Scottish Leaving Certificate Examination, 1953
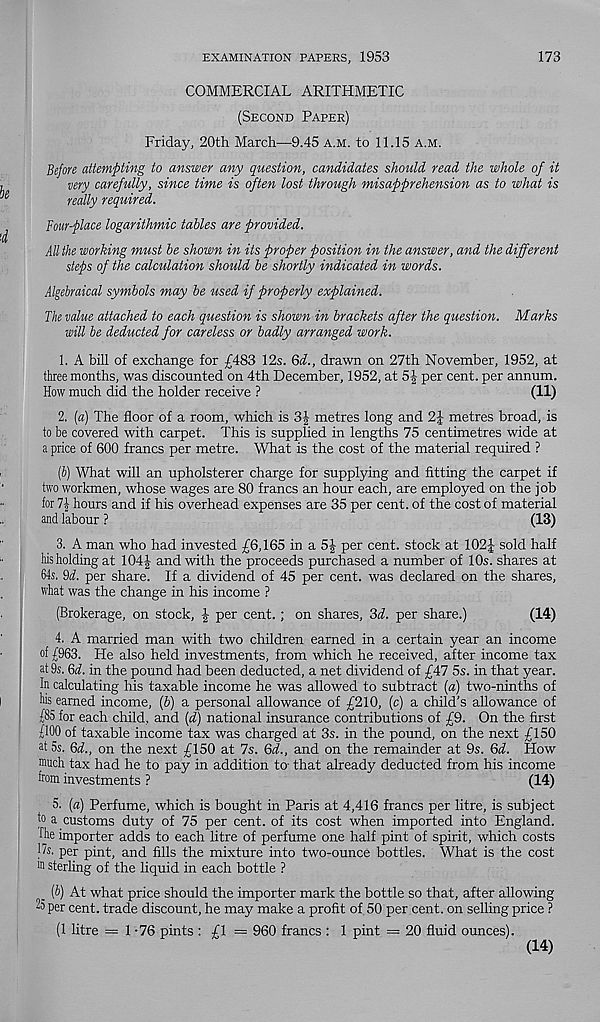
EXAMINATION PAPERS, 1953
173
COMMERCIAL ARITHMETIC
(Second Paper)
Friday, 20th March—9.45 a.m. to 11.15 a.m.
Before attempting to answer any question, candidates should read the whole of it
very carefully, since time is often lost through misapprehension as to what is
really required.
Four-place logarithmic tables are provided.
All the working must be shown in its proper position in the answer, and the different
steps of the calculation should be shortly indicated in words.
Algebraical symbols may be used if properly explained.
The value attached to each question is shown in brackets after the question. Marks
will be deducted for careless or badly arranged work.
1. A bill of exchange for £483 12s. Qd., drawn on 27th November, 1952, at
three months, was discounted on 4th December, 1952, at 5| per cent, per annum.
How much did the holder receive ?
(11)
2. (a) The floor of a room, which is 3| metres long and 2| metres broad, is
to be covered with carpet. This is supplied in lengths 75 centimetres wide at
a price of 600 francs per metre. What is the cost of the material required ?
If) What will an upholsterer charge for supplying and fitting the carpet if
two workmen, whose wages are 80 francs an hour each, are employed on the job
for 1\ hours and if his overhead expenses are 35 per cent, of the cost of material
and labour ?
(13)
3. A man who had invested £6,165 in a 5f per cent, stock at 102J sold half
his holding at 104 J and with the proceeds purchased a number of 10s. shares at
64s. 9d. per share. If a dividend of 45 per cent, was declared on the shares,
what was the change in his income ?
(Brokerage, on stock, J per cent. ; on shares, 3d. per share.)
(14)
4. A married man with two children earned in a certain year an income
of £963. He also held investments, from which he received, after income tax
at 9s. 6d. in the pound had been deducted, a net dividend of £47 5s. in that year.
In calculating his taxable income he was allowed to subtract (a) two-ninths of
bs earned income, (b) a personal allowance of £210, (c) a child's allowance of
£85 for each child, and (d) national insurance contributions of £9. On the first
£100 of taxable income tax was charged at 3s. in the pound, on the next £150
a t5s. 6d., on the next £150 at 7s. 6d., and on the remainder at 9s. 6d. How
much tax had he to pay in addition to- that already deducted from his income
from investments ?
(14)
5. (a) Perfume, which is bought in Paris at 4,416 francs per litre, is subject
a customs duty of 75 per cent, of its cost when imported into England.
Ee importer adds to each litre of perfume one half pint of spirit, which costs
17s. per pint, and fills the mixture into two-ounce bottles. What is the cost
in sterling of the liquid in each bottle ?
_ (b) At what price should the importer mark the bottle so that, after allowing
2o per cent, trade discount, he may make a profit of 50 per cent, on selling price ?
(1 litre = 1-76 pints : £1 = 960 francs : 1 pint = 20 fluid ounces).
(14)